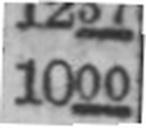
1000